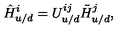
\hat { H } _ { u / d } ^ { i } = U _ { u / d } ^ { i j } \tilde { H } _ { u / d } ^ { j } ,